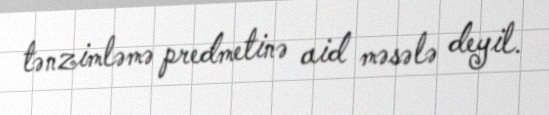
tənzimləmə predmetinə aid məsələ deyil.